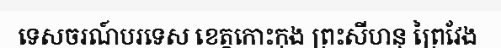
ទេសចរណ៍បរទេស ខេត្តកោះកុង ព្រះសីហនុ ព្រៃវែង